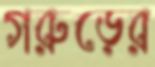
গরুড়ের